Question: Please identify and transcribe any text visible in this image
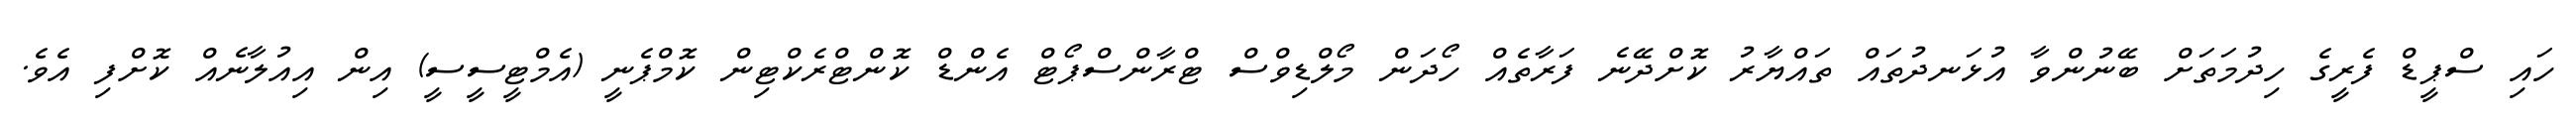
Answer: ހައި ސްޕީޑް ފެރީގެ ހިދުމަތަށް ބޭނުންވާ އުޅަނދުތައް ތައްޔާރު ކޮށްދޭނެ ފަރާތެއް ހޯދަން މޯލްޑިވްސް ޓްރާންސްޕޯޓް އެންޑް ކޮންޓްރެކްޓިން ކޮމްޕެނީ (އެމްޓީސީސީ) އިން އިއުލާނެއް ކޮށްފި އެވެ.